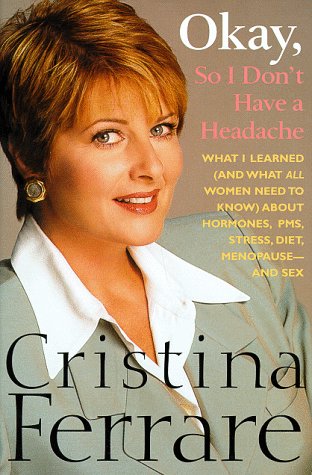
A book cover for Okay, So I Don't Have a Headache; Cristina Ferrare; Health, Fitness & Dieting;